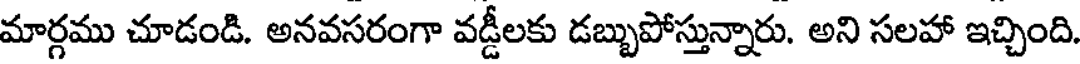
మార్గము చూడండి. అనవసరంగా వడ్డీలకు డబ్బుపోస్తున్నారు. అని సలహా ఇచ్చింది.